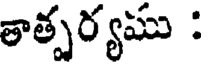
తాత్పర్యము :